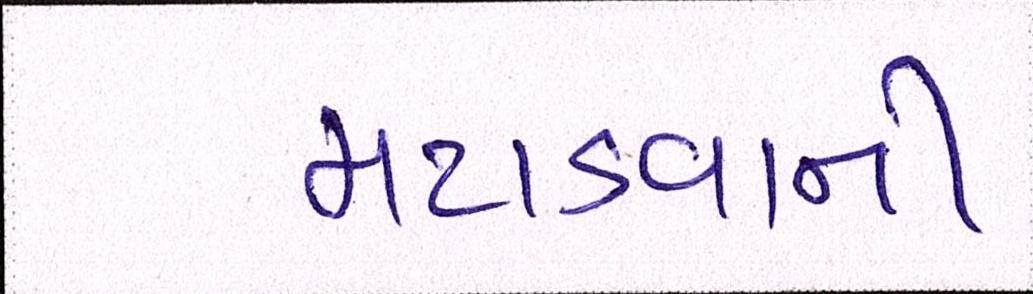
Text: મટાડવાની